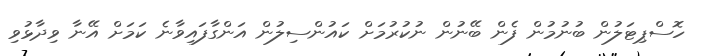
ހޮސްޕިޓަލުން ބުނުމުން ފެން ބޭނުން ނުކުރުމަށް ކައުންސިލުން އަންގާފައިވާނެ ކަމަށް އޭނާ ވިދާޅުވި